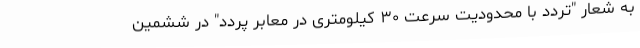
به شعار "تردد با محدودیت سرعت ۳۰ کیلومتری در معابر پردد" در ششمین